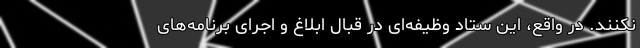
نکنند. در واقع، این ستاد وظیفه‌ای در قبال ابلاغ و اجرای برنامه‌های